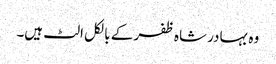
وہ بہادر شاہ ظفر کے بالکل الٹ ہیں۔